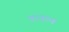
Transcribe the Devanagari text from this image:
वापरणं